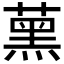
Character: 𦸽